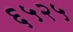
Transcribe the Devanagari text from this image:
६५२५